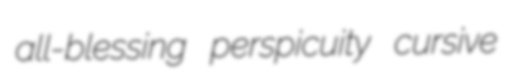
all-blessing perspicuity cursive